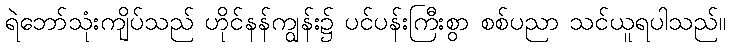
ရဲဘော်သုံးကျိပ်သည် ဟိုင်နန်ကျွန်း၌ ပင်ပန်းကြီးစွာ စစ်ပညာ သင်ယူရပါသည်။